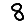
Digit: 8